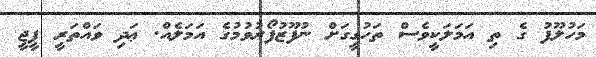
މަހުލޫފު ގެ ތި އަމަލަކީވެސް ތަހުގީގަށް ނުފޫޒުފޯރުވުމުގެ އަމަލެއް. ޢަދި ވައްތަރީ ޕީޖީ